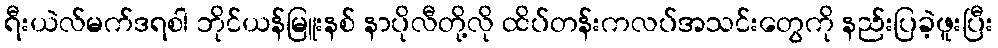
ရီးယဲလ်မက်ဒရစါ ဘိုင်ယန်မြူးနစ် နာပိုလီတို့လို ထိပ်တန်းကလပ်အသင်းတွေကို နည်းပြခဲ့ဖူးပြီး